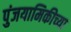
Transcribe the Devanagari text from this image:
पुंजयामिकीच्या